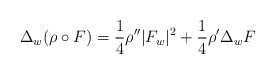
\begin{align*}\Delta_w(\rho\circ F)=\frac14\rho''|F_w|^2+\frac14\rho'\Delta_w F\end{align*}